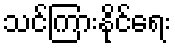
သင်ကြားနိုင်ရေး